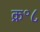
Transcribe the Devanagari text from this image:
क्र॰८